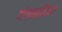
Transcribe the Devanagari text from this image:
पोफळींच्या